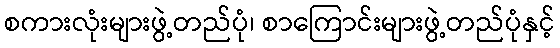
စကားလုံးများဖွဲ့တည်ပုံ၊ စာကြောင်းများဖွဲ့တည်ပုံနှင့်